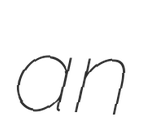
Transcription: an